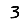
Digit: 3